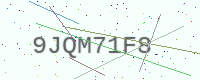
Text: 9JQM71F8